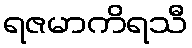
ရဇမာကိရသီ